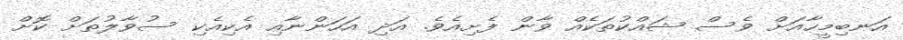
އަނބިމީހާއަށް ވެސް ޝައްކުތަކެއް ވާން ފެށިއެވެ. އަދި އަހަންނާއި އެކިއެކި ސުވާލުތަށް ކޮށް